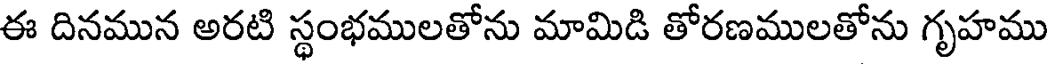
ఈ దినమున అరటి స్థంభములతోను మామిడి తోరణములతోను గృహము